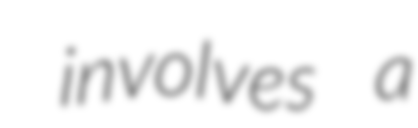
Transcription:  involves a